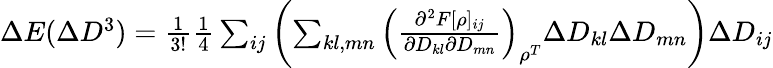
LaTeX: \begin{array}{r}{\Delta E(\Delta D^{3})=\frac{1}{3!}\frac{1}{4}\sum_{ij}\left(\sum_{kl,mn}\left(\frac{\partial^{2}F[\rho]_{ij}}{\partial D_{kl}\partial D_{mn}}\right)_{\rho^{T}}\Delta D_{kl}\Delta D_{mn}\right)\Delta D_{ij}}\end{array}